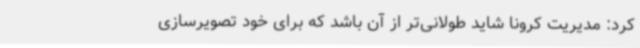
کرد: مدیریت کرونا شاید طولانی‌تر از آن باشد که برای خود تصویرسازی